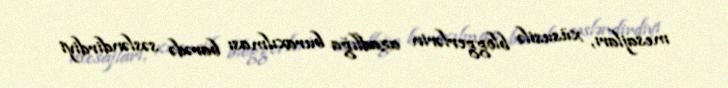
mesajları, xüsusilə bloggerlərin azadlığa buraxılması barədə səsləndirdiyi